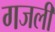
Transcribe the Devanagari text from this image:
गजली